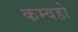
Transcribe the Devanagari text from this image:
कम्वहो